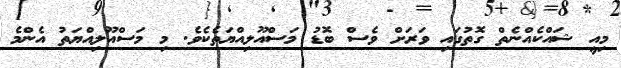
މިއީ ޝައްކެއްނެތް ގޮތުގައި ވަރަށް ވެސް ބޮޑު މަސްއޫލިއްޔަތެކެވެ. މި މަސްއޫލިއްޔަތު އެންމެ